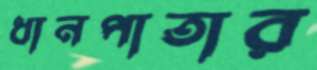
ধানপাতার